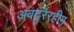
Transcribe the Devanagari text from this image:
अबदुर्ररहीम